Vaccination in Bombay 1856-1862 - 1856-1862
Year: 1856
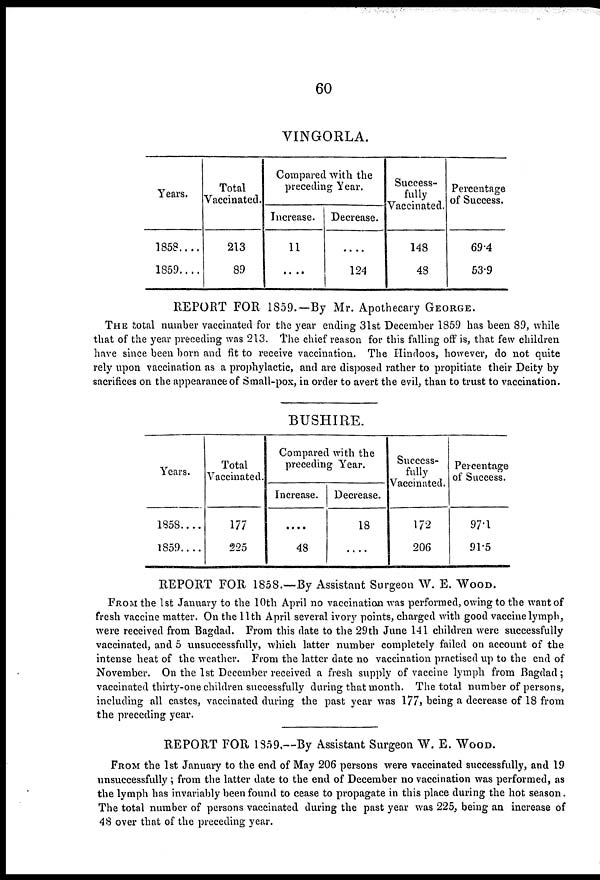
60
VINGORLA.
Years.
1858....
1859....
Total
Vaccinated.
213
89
Compared with the
preceding Year.
Increase.
11
....
Decrease.
....
124
Success-
fully
Vaccinated.
148
48
Percentage
of Success.
69.4
53.9
REPORT FOR 1859.-By Mr. Apothecary GEORGE.
THE total number vaccinated for the year ending 31st December 1859 has been 89, while
that of the year preceding was 213. The chief reason for this falling off is, that few children
have since been born and fit to receive vaccination. The Hindoos, however, do not quite
rely upon vaccination as a prophylactic, and are disposed rather to propitiate their Deity by
sacrifices on the appearance of Small-pox, in order to avert the evil, than to trust to vaccination.
BUSHIRE.
Years.
1858....
1859....
Total
Vaccinated.
177
225
Compared with the
preceding Year.
Increase.
....
48
Decrease.
18
....
Success-
fully
Vaccinated.
172
206
Percentage
of Success.
97.1
91.5
REPORT FOR 1858.—By Assistant Surgeon W. E. WOOD.
FROM the 1st January to the 10th April no vaccination was performed, owing to the want of
fresh vaccine matter. On the 11th April several ivory points, charged with good vaccine lymph,
were received from Bagdad. From this date to the 29th June 141 children were successfully
vaccinated, and 5 unsuccessfully, which latter number completely failed on account of the
intense heat of the weather. From the latter date no vaccination practised up to the end of
November. On the 1st December received a fresh supply of vaccine lymph from Bagdad;
vaccinated thirty-one children successfully during that month. The total number of persons,
including all castes, vaccinated during the past year was 177, being a decrease of 18 from
the preceding year.
REPORT FOR 1859,—By Assistant Surgeon W. E. WOOD.
FROM the 1st January to the end of May 206 persons were vaccinated successfully, and 19
unsuccessfully; from the latter date to the end of December no vaccination was performed, as
the lymph has invariably been found to cease to propagate in this place during the hot season.
The total number of persons vaccinated, during the past year was 225, being an increase of
48 over that of the preceding year.